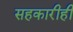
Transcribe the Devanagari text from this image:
सहकारीही